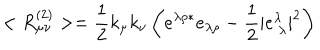
LaTeX: < R _ { \mu \nu } ^ { ( 2 ) } > = \frac { 1 } { 2 } k _ { \mu } k _ { \nu } \left( e ^ { \lambda \rho * } e _ { \lambda \rho } - \frac { 1 } { 2 } | e _ { \ \lambda } ^ { \lambda } | ^ { 2 } \right)